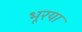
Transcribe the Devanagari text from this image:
भूरया